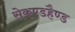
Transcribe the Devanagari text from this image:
सेकण्डहैण्ड